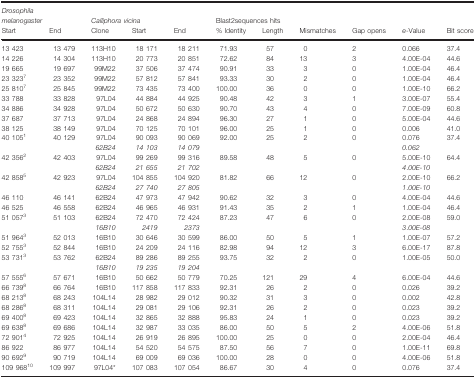
<table><thead><tr><td colspan="2"><b><i>Drosophila melanogaster</i></b></td><td colspan="3"><b><i>Calliphora vicina</i></b></td><td colspan="6"><b>Blast2sequences hits</b></td></tr><tr><td><b>Start</b></td><td><b>End</b></td><td><b>Clone</b></td><td><b>Start</b></td><td><b>End</b></td><td><b>% Identity</b></td><td><b>Length</b></td><td><b>Mismatches</b></td><td><b>Gap opens</b></td><td><b><i>e</i>‐Value</b></td><td><b>Bit score</b></td></tr></thead><tbody><tr><td>13 423</td><td>13 479</td><td>113H10</td><td>18 171</td><td>18 211</td><td>71.93</td><td>57</td><td>0</td><td>2</td><td>0.066</td><td>37.4</td></tr><tr><td>14 226</td><td>14 304</td><td>113H10</td><td>20 773</td><td>20 851</td><td>72.62</td><td>84</td><td>13</td><td>3</td><td>4.00E‐04</td><td>44.6</td></tr><tr><td>19 665</td><td>19 697</td><td>99M22</td><td>37 506</td><td>37 474</td><td>90.91</td><td>33</td><td>3</td><td>0</td><td>1.00E‐04</td><td>46.4</td></tr><tr><td>23 323<sup>7</sup></td><td>23 352</td><td>99M22</td><td>57 812</td><td>57 841</td><td>93.33</td><td>30</td><td>2</td><td>0</td><td>1.00E‐04</td><td>46.4</td></tr><tr><td>25 810<sup>7</sup></td><td>25 845</td><td>99M22</td><td>73 435</td><td>73 400</td><td>100.00</td><td>36</td><td>0</td><td>0</td><td>1.00E‐10</td><td>66.2</td></tr><tr><td>33 788</td><td>33 828</td><td>97L04</td><td>44 884</td><td>44 925</td><td>90.48</td><td>42</td><td>3</td><td>1</td><td>3.00E‐07</td><td>55.4</td></tr><tr><td>34 886</td><td>34 928</td><td>97L04</td><td>50 672</td><td>50 630</td><td>90.70</td><td>43</td><td>4</td><td>0</td><td>7.00E‐09</td><td>60.8</td></tr><tr><td>37 687</td><td>37 713</td><td>97L04</td><td>24 868</td><td>24 894</td><td>96.30</td><td>27</td><td>1</td><td>0</td><td>5.00E‐04</td><td>44.6</td></tr><tr><td>38 125</td><td>38 149</td><td>97L04</td><td>70 125</td><td>70 101</td><td>96.00</td><td>25</td><td>1</td><td>0</td><td>0.006</td><td>41.0</td></tr><tr><td>40 105<sup>1</sup></td><td>40 129</td><td>97L04</td><td>90 093</td><td>90 069</td><td>92.00</td><td>25</td><td>2</td><td>0</td><td>0.076</td><td>37.4</td></tr><tr><td></td><td></td><td><i>62B24</i></td><td><i>14</i> <i>103</i></td><td><i>14</i> <i>079</i></td><td></td><td></td><td></td><td></td><td><i>0.062</i></td><td></td></tr><tr><td>42 356<sup>2</sup></td><td>42 403</td><td>97L04</td><td>99 269</td><td>99 316</td><td>89.58</td><td>48</td><td>5</td><td>0</td><td>5.00E‐10</td><td>64.4</td></tr><tr><td></td><td></td><td><i>62B24</i></td><td><i>21</i> <i>655</i></td><td><i>21</i> <i>702</i></td><td></td><td></td><td></td><td></td><td><i>4</i>.<i>00E‐10</i></td><td></td></tr><tr><td>42 858<sup>5</sup></td><td>42 923</td><td>97L04</td><td>104 855</td><td>104 920</td><td>81.82</td><td>66</td><td>12</td><td>0</td><td>2.00E‐10</td><td>66.2</td></tr><tr><td></td><td></td><td><i>62B24</i></td><td><i>27</i> <i>740</i></td><td><i>27</i> <i>805</i></td><td></td><td></td><td></td><td></td><td><i>1</i>.<i>00E‐10</i></td><td></td></tr><tr><td>46 110</td><td>46 141</td><td>62B24</td><td>47 973</td><td>47 942</td><td>90.62</td><td>32</td><td>3</td><td>0</td><td>4.00E‐04</td><td>44.6</td></tr><tr><td>46 525</td><td>46 558</td><td>62B24</td><td>46 965</td><td>46 931</td><td>91.43</td><td>35</td><td>2</td><td>1</td><td>1.00E‐04</td><td>46.4</td></tr><tr><td>51 057<sup>3</sup></td><td>51 103</td><td>62B24</td><td>72 470</td><td>72 424</td><td>87.23</td><td>47</td><td>6</td><td>0</td><td>2.00E‐08</td><td>59.0</td></tr><tr><td></td><td></td><td><i>16B10</i></td><td><i>2419</i></td><td><i>2373</i></td><td></td><td></td><td></td><td></td><td><i>3</i>.<i>00E‐08</i></td><td></td></tr><tr><td>51 964<sup>3</sup></td><td>52 013</td><td>16B10</td><td>30 646</td><td>30 599</td><td>86.00</td><td>50</td><td>5</td><td>1</td><td>1.00E‐07</td><td>57.2</td></tr><tr><td>52 755<sup>3</sup></td><td>52 844</td><td>16B10</td><td>24 209</td><td>24 116</td><td>82.98</td><td>94</td><td>12</td><td>3</td><td>6.00E‐17</td><td>87.8</td></tr><tr><td>53 731<sup>3</sup></td><td>53 762</td><td>62B24</td><td>89 286</td><td>89 255</td><td>93.75</td><td>32</td><td>2</td><td>0</td><td>1.00E‐05</td><td>50.0</td></tr><tr><td></td><td></td><td><i>16B10</i></td><td><i>19</i> <i>235</i></td><td><i>19</i> <i>204</i></td><td></td><td></td><td></td><td></td><td></td><td></td></tr><tr><td>57 555<sup>6</sup></td><td>57 671</td><td>16B10</td><td>50 662</td><td>50 779</td><td>70.25</td><td>121</td><td>29</td><td>4</td><td>6.00E‐04</td><td>44.6</td></tr><tr><td>66 739<sup>8</sup></td><td>66 764</td><td>16B10</td><td>117 858</td><td>117 833</td><td>92.31</td><td>26</td><td>2</td><td>0</td><td>0.026</td><td>39.2</td></tr><tr><td>68 213<sup>8</sup></td><td>68 243</td><td>104L14</td><td>28 982</td><td>29 012</td><td>90.32</td><td>31</td><td>3</td><td>0</td><td>0.002</td><td>42.8</td></tr><tr><td>68 286<sup>8</sup></td><td>68 311</td><td>104L14</td><td>29 081</td><td>29 106</td><td>92.31</td><td>26</td><td>2</td><td>0</td><td>0.023</td><td>39.2</td></tr><tr><td>69 400<sup>8</sup></td><td>69 423</td><td>104L14</td><td>32 865</td><td>32 888</td><td>95.83</td><td>24</td><td>1</td><td>0</td><td>0.023</td><td>39.2</td></tr><tr><td>69 638<sup>8</sup></td><td>69 686</td><td>104L14</td><td>32 987</td><td>33 035</td><td>86.00</td><td>50</td><td>5</td><td>2</td><td>4.00E‐06</td><td>51.8</td></tr><tr><td>72 901<sup>4</sup></td><td>72 925</td><td>104L14</td><td>26 919</td><td>26 895</td><td>100.00</td><td>25</td><td>0</td><td>0</td><td>2.00E‐04</td><td>46.4</td></tr><tr><td>86 922</td><td>86 977</td><td>104L14</td><td>54 520</td><td>54 575</td><td>87.50</td><td>56</td><td>7</td><td>0</td><td>1.00E‐11</td><td>69.8</td></tr><tr><td>90 692<sup>9</sup></td><td>90 719</td><td>104L14</td><td>69 009</td><td>69 036</td><td>100.00</td><td>28</td><td>0</td><td>0</td><td>4.00E‐06</td><td>51.8</td></tr><tr><td>109 968<sup>10</sup></td><td>109 997</td><td>97L04a</td><td>107 083</td><td>107 054</td><td>86.67</td><td>30</td><td>4</td><td>0</td><td>0.076</td><td>37.4</td></tr></tbody></table>